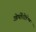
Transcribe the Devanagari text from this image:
ओर्थोतोपिक